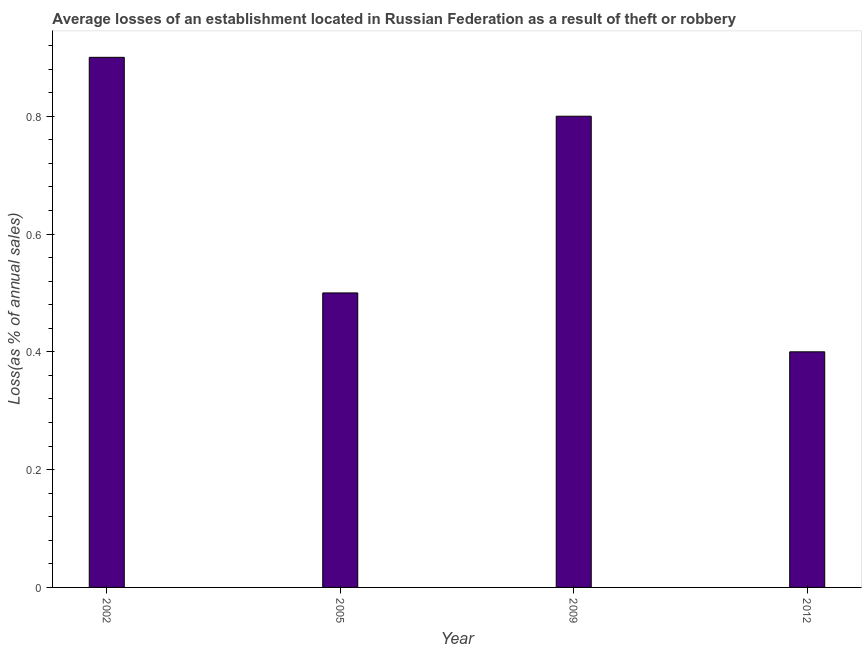
| Year | Losses due to theft |
 | --- | --- |
 | 2002 | 0.9 |
 | 2005 | 0.5 |
 | 2009 | 0.8 |
 | 2012 | 0.4 |